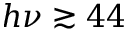
h \nu \gtrsim 4 4